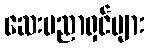
ဆေးပညာရှင်များ